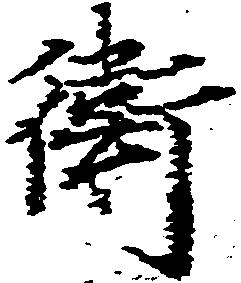
衛